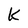
Character: K